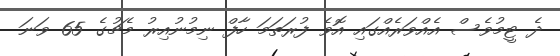
ދެ ޓީމުވެސް އެއްވަރެއްގައި އޮވެ ފުރަތަމަ ހާފް ނިމުނުއިރު މެޗުގެ 65 ވަނަ